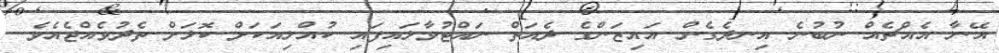
އޭނާ އެއްޗެއް ނުބުނެ އިނދެގެން އައިޒަންގެ ދެއަތް ނައްޓުވާލައިފައި ކުއްލިއަކަށް ކޮޅަށް ތެދުވެއްޖެއެވެ.